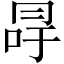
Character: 冔